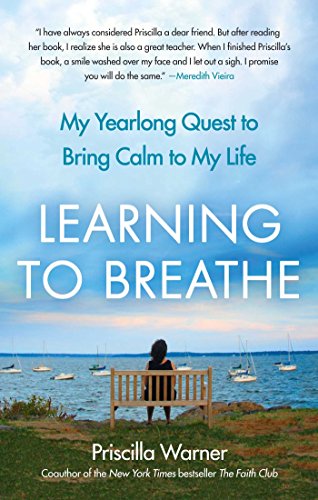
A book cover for Learning to Breathe: My Yearlong Quest to Bring Calm to My Life; Priscilla Warner; Self-Help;